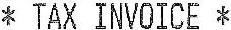
* TAX INVOICE *